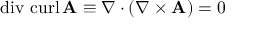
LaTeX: \operatorname { d i v } \, \operatorname { c u r l } \mathbf { A } \equiv \nabla \cdot ( \nabla \times \mathbf { A } ) = 0